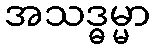
အသဒ္ဓမ္မာ